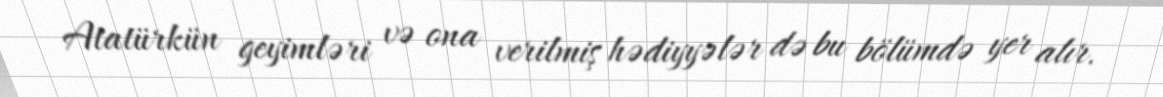
Atatürkün geyimləri və ona verilmiş hədiyyələr də bu bölümdə yer alır.